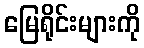
မြေရိုင်းများကို